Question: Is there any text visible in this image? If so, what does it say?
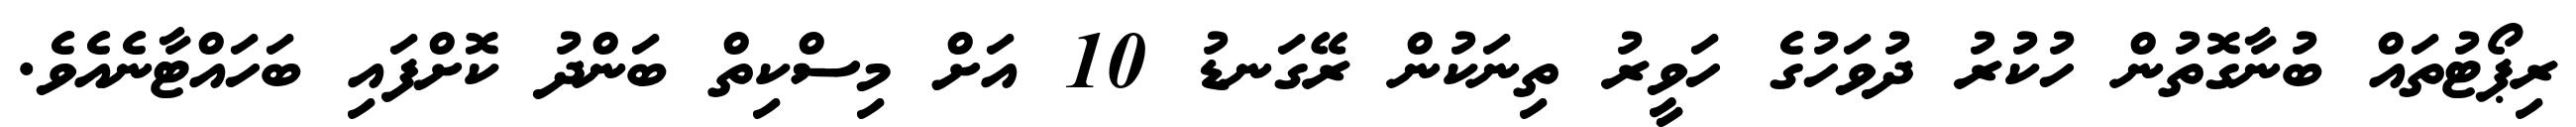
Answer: ރިޕޯޓުތައް ބުނާގޮތުން ހުކުރު ދުވަހުގެ ހަވީރު ތިނަކުން ރޭގަނޑު 10 އަށް މިސްކިތް ބަންދު ކޮށްފައި ބަހައްޓާނެއެވެ.